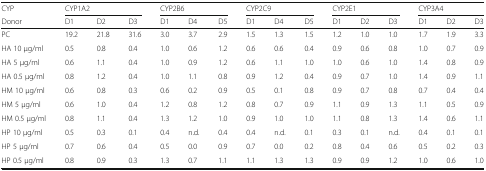
<table><thead><tr><td><b>CYP</b></td><td colspan="3"><b>CYP1A2</b></td><td colspan="3"><b>CYP2B6</b></td><td colspan="3"><b>CYP2C9</b></td><td colspan="3"><b>CYP2E1</b></td><td colspan="3"><b>CYP3A4</b></td></tr><tr><td><b>Donor</b></td><td><b>D1</b></td><td><b>D2</b></td><td><b>D3</b></td><td><b>D1</b></td><td><b>D4</b></td><td><b>D5</b></td><td><b>D1</b></td><td><b>D4</b></td><td><b>D5</b></td><td><b>D1</b></td><td><b>D2</b></td><td><b>D3</b></td><td><b>D1</b></td><td><b>D2</b></td><td><b>D3</b></td></tr></thead><tbody><tr><td>PC</td><td>19.2</td><td>21.8</td><td>31.6</td><td>3.0</td><td>3.7</td><td>2.9</td><td>1.5</td><td>1.3</td><td>1.5</td><td>1.2</td><td>1.0</td><td>1.0</td><td>1.7</td><td>1.9</td><td>3.3</td></tr><tr><td>HA 10 μg/ml</td><td>0.5</td><td>0.8</td><td>0.4</td><td>1.0</td><td>0.6</td><td>1.2</td><td>0.6</td><td>0.6</td><td>0.4</td><td>0.9</td><td>0.6</td><td>0.8</td><td>1.0</td><td>0.7</td><td>0.9</td></tr><tr><td>HA 5 μg/ml</td><td>0.6</td><td>1.1</td><td>0.4</td><td>1.0</td><td>0.9</td><td>1.2</td><td>0.6</td><td>1.1</td><td>1.0</td><td>1.0</td><td>0.6</td><td>1.0</td><td>1.4</td><td>0.8</td><td>0.9</td></tr><tr><td>HA 0.5 μg/ml</td><td>0.8</td><td>1.2</td><td>0.4</td><td>1.0</td><td>1.1</td><td>0.8</td><td>0.9</td><td>1.2</td><td>0.4</td><td>0.9</td><td>0.7</td><td>1.0</td><td>1.4</td><td>0.9</td><td>1.1</td></tr><tr><td>HM 10 μg/ml</td><td>0.6</td><td>0.8</td><td>0.3</td><td>0.6</td><td>0.2</td><td>0.9</td><td>0.5</td><td>0.1</td><td>0.8</td><td>0.9</td><td>0.7</td><td>0.8</td><td>0.7</td><td>0.4</td><td>0.4</td></tr><tr><td>HM 5 μg/ml</td><td>0.6</td><td>1.0</td><td>0.4</td><td>1.2</td><td>0.8</td><td>1.2</td><td>0.8</td><td>0.7</td><td>0.9</td><td>1.1</td><td>0.9</td><td>1.3</td><td>1.1</td><td>0.5</td><td>0.9</td></tr><tr><td>HM 0.5 μg/ml</td><td>0.8</td><td>1.1</td><td>0.4</td><td>1.3</td><td>1.2</td><td>1.0</td><td>0.9</td><td>1.0</td><td>1.0</td><td>1.1</td><td>0.8</td><td>1.3</td><td>1.4</td><td>0.6</td><td>1.1</td></tr><tr><td>HP 10 μg/ml</td><td>0.5</td><td>0.3</td><td>0.1</td><td>0.4</td><td>n.d.</td><td>0.4</td><td>0.4</td><td>n.d.</td><td>0.1</td><td>0.3</td><td>0.1</td><td>n.d.</td><td>0.4</td><td>0.1</td><td>0.1</td></tr><tr><td>HP 5 μg/ml</td><td>0.7</td><td>0.6</td><td>0.4</td><td>0.5</td><td>0.0</td><td>0.9</td><td>0.7</td><td>0.0</td><td>0.2</td><td>0.8</td><td>0.4</td><td>0.6</td><td>0.5</td><td>0.2</td><td>0.3</td></tr><tr><td>HP 0.5 μg/ml</td><td>0.8</td><td>0.9</td><td>0.3</td><td>1.3</td><td>0.7</td><td>1.1</td><td>1.1</td><td>1.3</td><td>1.3</td><td>0.9</td><td>0.9</td><td>1.2</td><td>1.0</td><td>0.6</td><td>1.0</td></tr></tbody></table>